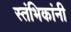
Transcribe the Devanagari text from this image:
स्तंभिकांनी